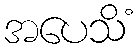
အပေသိံ